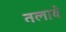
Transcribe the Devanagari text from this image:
तलावे